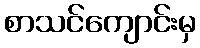
စာသင်ကျောင်းမှ